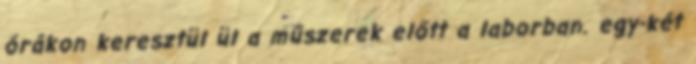
órákon keresztül ül a műszerek előtt a laborban. egy-két